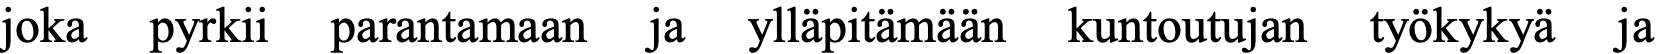
joka pyrkii parantamaan ja ylläpitämään kuntoutujan työkykyä ja